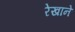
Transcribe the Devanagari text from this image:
रेखाने